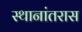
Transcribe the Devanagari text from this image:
स्थानांतरास